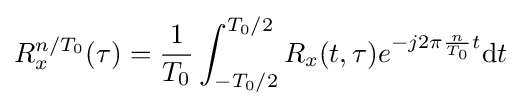
R_{x}^{n/T_{0}}(\tau )={\frac {1}{T_{0}}}\int _{-T_{0}/2}^{T_{0}/2}R_{x}(t,\tau )e^{-j2\pi {\frac {n}{T_{0}}}t}\mathrm {d} t